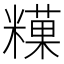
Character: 𥼧